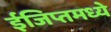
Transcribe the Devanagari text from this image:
ईजिप्तमध्ये